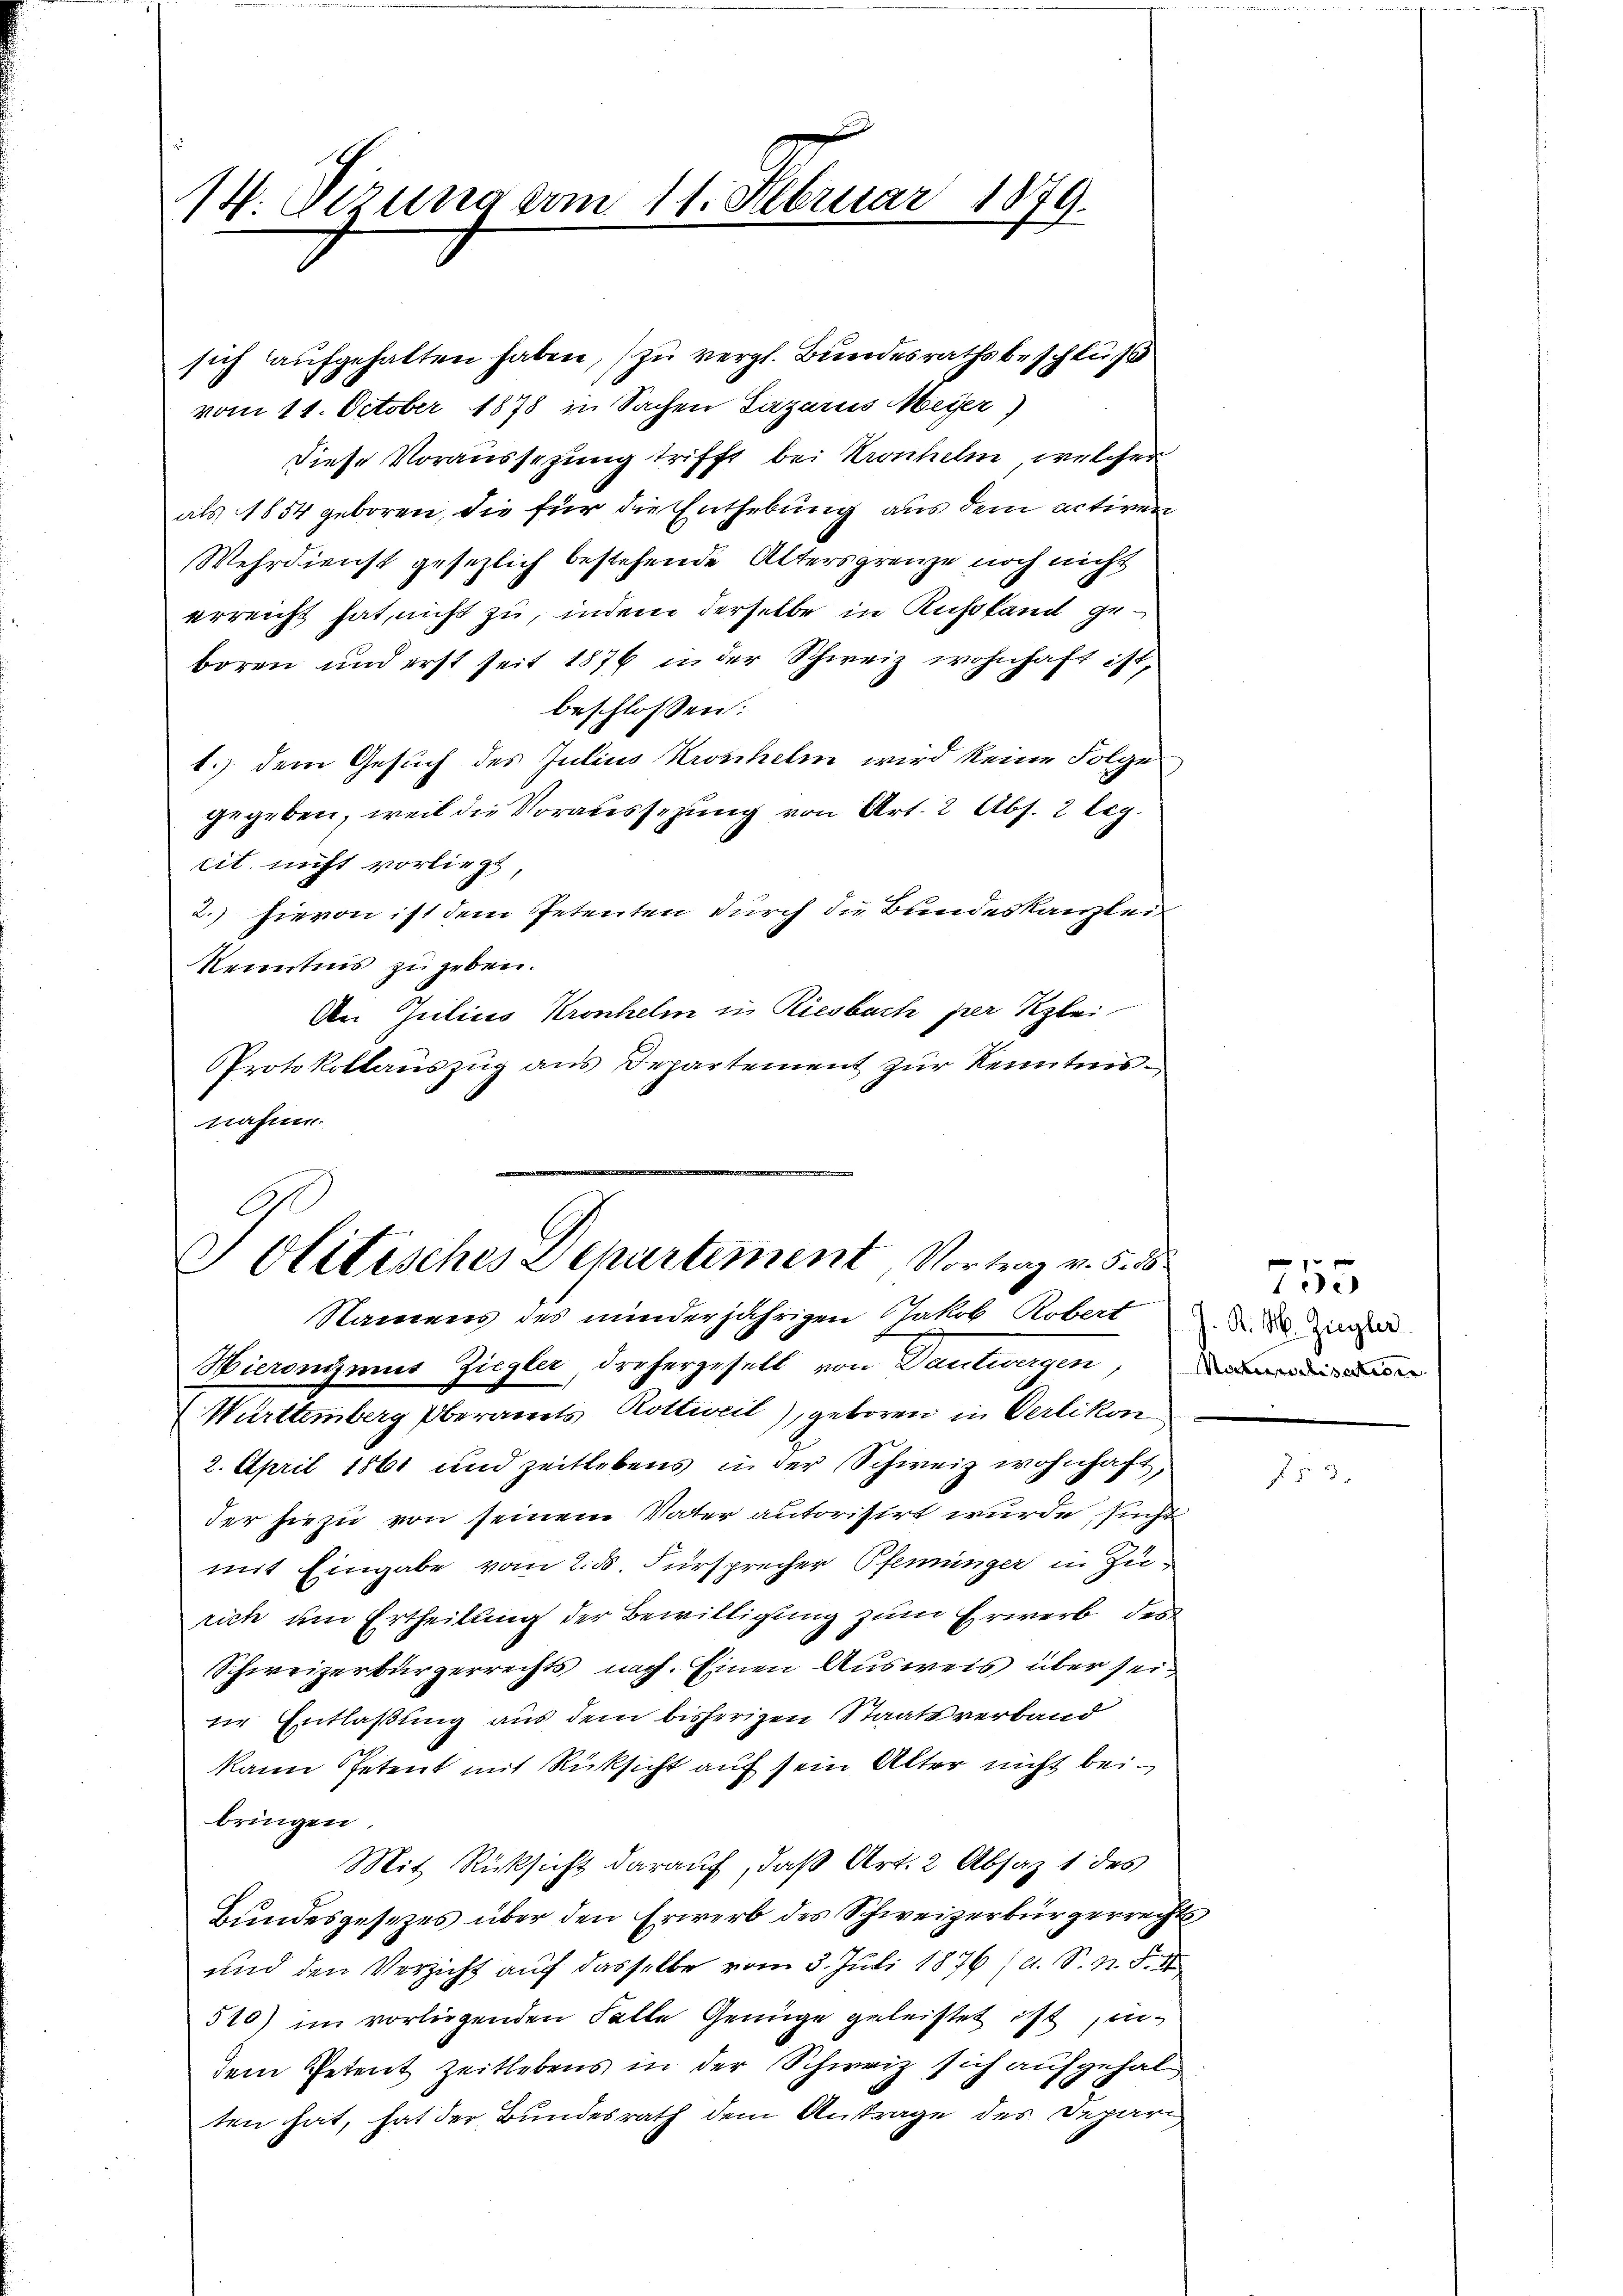
14. Sizung vom 11. Februar 1879.

sich aufgehalten haben,) zu vergl. Bundesrathsbeschluß
vom 11. October 1878 in Sachen Lazarus Meyer)
diese Voraussetzung trifft bei Kronhelm, welcher
als 1854 geboren, die für die Enthebung aus dem activen
Wehrdienst gesezlich bestehende Altersgrenze noch nicht
erreicht hat, nicht zu, indem derselbe in Russland geboren und erst seit 1876 in der Schweiz wohnhaft ist.
beschlossen:
1.) dem Gesuch des Julius Kronchelm wird keine Folge
gegeben, weil die Voraussezung von Art. 2 Abs. 2 leg
cit nicht vorliegt
2.) hievon ist dem Petenten durch die Bundeskanzlei-
Kenntnis zu geben.
An Julius Kronhelm in Riesbach per Klei
Protokollauszug aus Departement zur Kenntnisnahme.

Politisches Departement Vortrag v. 5. 55
Namens des minderjährigen Jakob Robert d. d. Zinser
Hieronymus Ziegler, drehergesell von Dantiergen,
Württemberg Oberamts Rottweil), geboren in Verlikon

2. April 1861 und zeitlebens in der Schweiz wohnhaft,
der hiezu von seinem Vater autorisirt wurde suche
mit Eingabe vom 2. ds. Fürsprecher Pfenninger in Zurich um Ertheilung der Bewilligung zum Erwerb des
Schweizerbürgerrechts nach. Einen Ausweis über seine Entlaßung aus dem bisherigen Staatsverband
kann Petent mit Rücksicht auf sein Alter nicht beibringen.
Mit Rücksicht darauf, daß Art. 2 Absaz 1 des
Bundesgesezes über den Erwerb des Schweizerbürgerrechts
und den Verzicht auf dasselbe vom 3. Juli 1876 (A. S. n. F. II
510) im vorliegenden Falle Genüge geleistet ist indem Petent zeitlebens in der Schweiz sich aufgehal
ten hat, hat der Bundesrath dem Antrage des Depari

755

f § 3